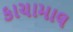
કાચામાલ